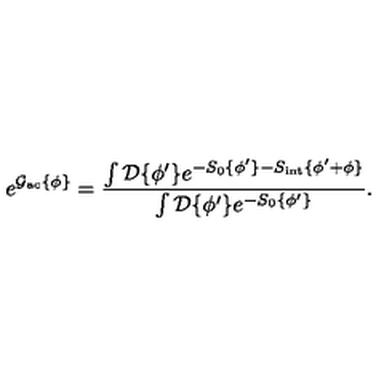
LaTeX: e ^ { { \cal { G } } _ { \mathrm { a c } } \{ { \phi } \} } = \frac { \int { \cal { D } } \{ \phi ^ { \prime } \} e ^ { - S _ { 0 } \{ \phi ^ { \prime } \} - S _ { \mathrm { i n t } } \{ \phi ^ { \prime } + { \phi } \} } } { \int { \cal { D } } \{ \phi ^ { \prime } \} e ^ { - S _ { 0 } \{ \phi ^ { \prime } \} } } .